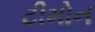
ટીમોન